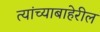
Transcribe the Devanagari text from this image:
त्यांच्याबाहेरील